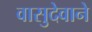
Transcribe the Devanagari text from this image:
वासुदेवाने